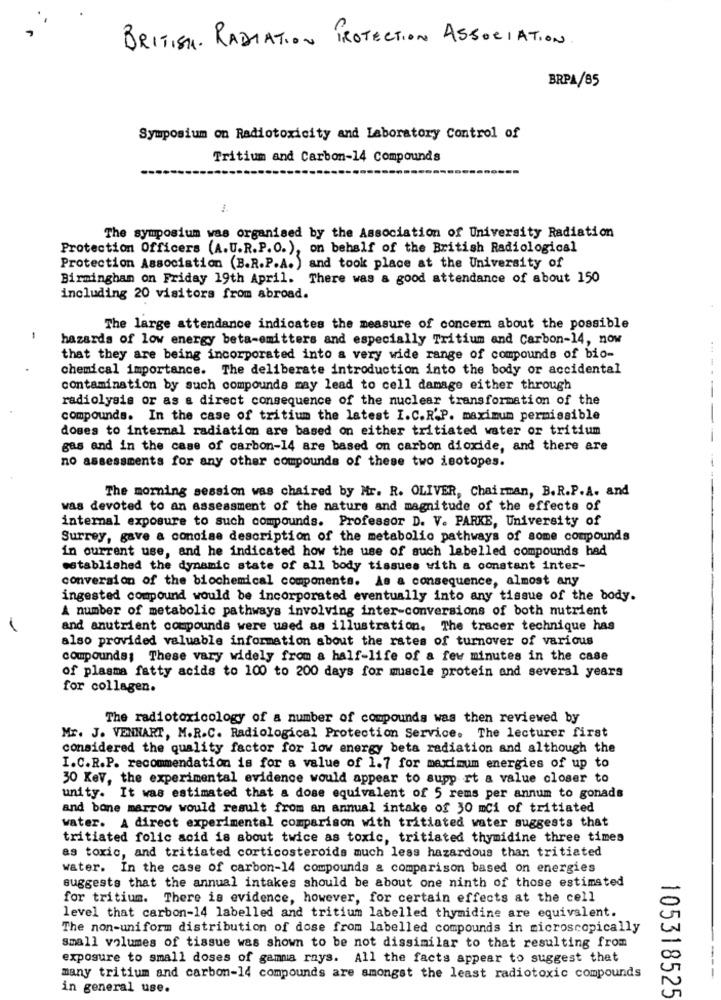
BRITISH. RADIATION PROTECTION ASSOCIATION
BRPA/85
Symposium on Radiotoxicity and Laboratory Control of
Tritium and Carbon-14 Compounds
The symposium was organised by the Association of University Radiation
Protection Officers (A.U.R.P.O.), on behalf of the British Radiological
Protection Association (B.R.P.A. ) and took place at the University of
Birmingham on Friday 19th April. There was a good attendance of about 150
including 20 visitors from abroad.
The large attendance indicates the measure of concern about the possible
hazards of low energy beta-emitters and especially Tritium and Carbon-14, now
that they are being incorporated into a very wide range of compounds of bio-
chemical importance. The deliberate introduction into the body or accidental
contamination by such compounds may lead to cell damage either through
radiolysis or as a direct consequence of the nuclear transformation of the
compounds. In the case of tritium the latest I.C.R.P. maximum permissible
doses to internal radiation are based on either tritiated water or tritium
---
gas and in the case of carbon-14 are based on carbon dioxide, and there are
no assessments for any other compounds of these two isotopes.
The morning session was chaired by Mr. R. OLIVER, Chairman, B.R.P.A. and
was devoted to an assessment of the nature and magnitude of the effects of
internal exposure to such compounds. Professor D. V. PARKE, University of
Surrey, gave a concise description of the metabolio pathways of some compounds
in current use, and he indicated how the use of such labelled compounds had
established the dynamic state of all body tissues with a constant inter-
conversion of the biochemical components. As a consequence, almost any
ingested compound would be incorporated eventually into any tissue of the body.
A number of metabolic pathways involving inter-conversions of both nutrient
and anutrient compounds were used as illustration. The tracer technique has
also provided valuable information about the rates of turnover of various
compounds; These vary widely from a half-life of a few minutes in the case
of plasma fatty acids to 100 to 200 days for muscle protein and several years
for collagen.
The radiotoxicology of a number of compounds was then reviewed by
Mr. J. VENHART, M.R.C. Radiological Protection Service. The lecturer first
considered the quality factor for low energy beta radiation and although the
I.C.R.P. recommendation is for a value of 1.7 for maximum energies of up to
30 Kev, the experimental evidence would appear to supp rt a value closer to
unity. It was estimated that a dose equivalent of 5 rems per annum to gonads
and bone marrow would result from an annual intake of 30 mci of tritiated
water. A direct experimental comparison with tritiated water suggests that
tritiated folic acid is about twice as toxic, tritiated thymidine three times
as toxic, and tritiated corticosteroids much less hazardous than tritiated
water. In the case of carbon-14 compounds & comparison based on energies
suggests that the annual intakes should be about one ninth of those estimated
for tritium. There is evidence, however, for certain effects at the cell
level that carbon-14 labelled and tritium labelled thymidine are equivalent.
The non-uniform distribution of dose from labelled compounds in microscopically
Small volumes of tissue was shown to be not dissimilar to that resulting from
exposure to small doses of gamma rays. All the facts appear to suggest that
many tritium and carbon-14 compounds are amongst the least radiotoxic compounds
---
in general use.
105318525